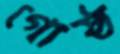
গোষ্ঠ